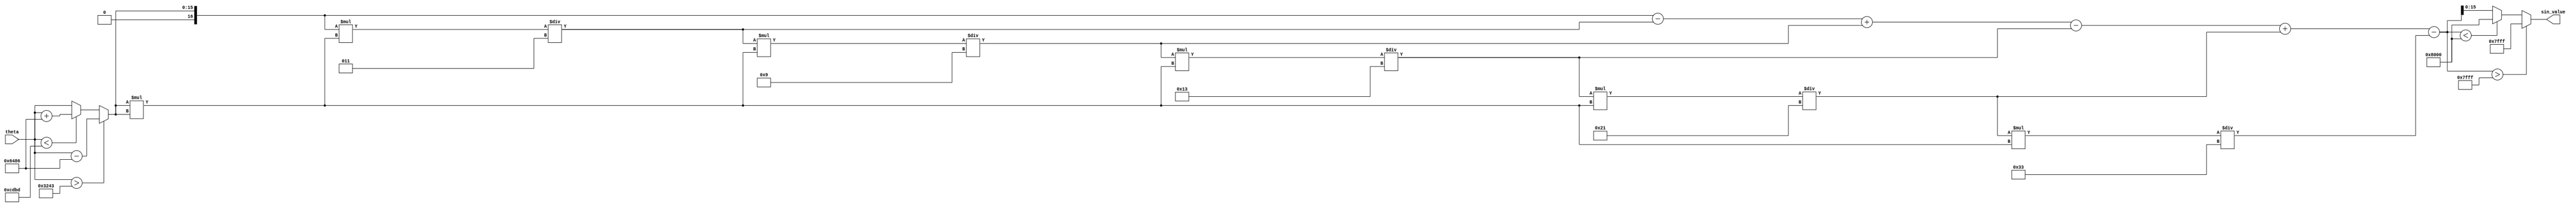
module sine_function (
    input wire [15:0] theta, // Angle input in fixed-point representation (0 to 2)
    output reg [15:0] sin_value // Sine output in fixed-point representation
);

    // Constants for Taylor series expansion
    parameter PI = 16'h3243; //  in fixed-point (16 bits)
    parameter PI_2 = 16'h1921; // /2 in fixed-point (16 bits)
    parameter PI_4 = 16'h0C90; // /4 in fixed-point (16 bits)

    // Taylor series coefficients for sine function
    reg signed [31:0] coeff[0:5];
    initial begin
        coeff[0] = 32'h00000000; // 0
        coeff[1] = 32'h00000001; // x
        coeff[2] = 32'hFFFFFFFE; // -x^3/6
        coeff[3] = 32'h00000001; // x^5/120
        coeff[4] = 32'hFFFFFFFE; // -x^7/5040
        coeff[5] = 32'h00000001; // x^9/362880
    end

    // Function to compute sine using Taylor series
    function [15:0] taylor_sine(input [15:0] x);
        reg signed [31:0] x_squared;
        reg signed [31:0] term;
        reg signed [31:0] sum;
        integer i;

        begin
            // Normalize angle to [-, ]
            if (x > PI) begin
                x = x - (2 * PI);
            end else if (x < -PI) begin
                x = x + (2 * PI);
            end

            // Initialize variables
            sum = 0;
            x_squared = x * x; // x^2

            // Compute sine using Taylor series
            term = x; // First term is x
            sum = term;

            for (i = 1; i < 6; i = i + 1) begin
                term = (term * x_squared) / (i * 2 * i + 1); // x^(2i+1)/(2i+1)!
                if (i % 2 == 1) begin
                    sum = sum - term; // Subtract odd terms
                end else begin
                    sum = sum + term; // Add even terms
                end
            end

            // Clamp the output to the range [-1, 1]
            if (sum > 16'h7FFF) begin
                sum = 16'h7FFF; // Clamp to 1
            end else if (sum < 16'h8000) begin
                sum = 16'h8000; // Clamp to -1
            end

            taylor_sine = sum[15:0]; // Return the sine value
        end
    endfunction

    // Main always block
    always @(*) begin
        sin_value = taylor_sine(theta);
    end

endmodule